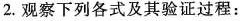
2.观察下列各式及其验证过程：